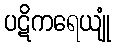
ပဋိကရေယျုံ